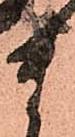
ま